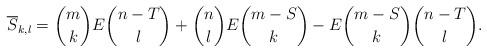
LaTeX: \begin{align*}{\overline S_{k,l}}={{m}\choose k}E{{n-T}\choose l}+{{n}\choose l}E{{m-S}\choose k}-E{{m-S}\choose k}{{n-T}\choose l}.\end{align*}